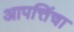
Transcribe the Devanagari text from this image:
आपत्तिंचा